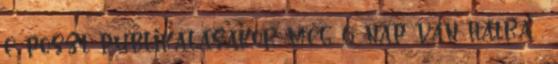
e poszt publikálásakor még 6 nap van hátra ,